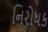
નિરોધક